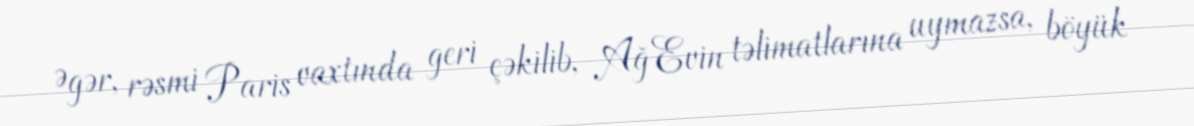
Əgər, rəsmi Paris vaxtında geri çəkilib, Ağ Evin təlimatlarına uymazsa, böyük